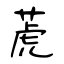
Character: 萀